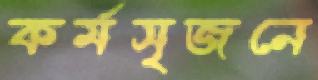
কর্মসৃজনে